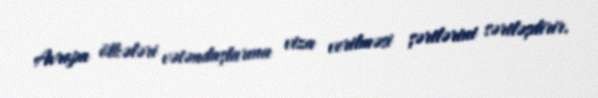
Avropa ölkələri vətəndaşlarına viza verilməsi şərtlərini sərtləşdirir.